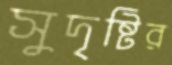
সুদৃষ্টির